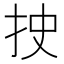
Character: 𰓐